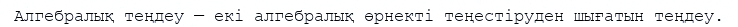
Алгебралық теңдеу — екі алгебралық өрнекті теңестіруден шығатын теңдеу.